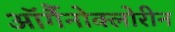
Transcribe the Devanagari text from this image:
ऑर्गैनोक्लोरीन